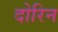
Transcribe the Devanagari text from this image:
दोरिन